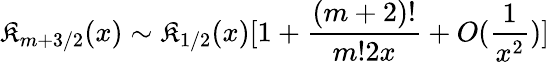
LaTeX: \mathfrak{K}_{m+3/2}(x)\sim\mathfrak{K}_{1/2}(x)[1+{\frac{{(m+2)!}}{{m!2x}}}+O({\frac{{1}}{{x^{2}}}})]